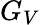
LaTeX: G_{V}